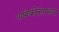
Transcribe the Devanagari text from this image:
यामिकीनंतरच्या